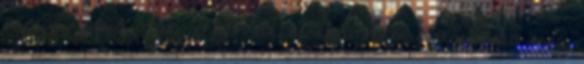
a mai napig alapvetően az afrikai elem határozza meg.